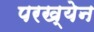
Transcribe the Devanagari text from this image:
परख्येन